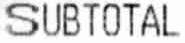
SUBTOTAL